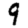
Digit: 9